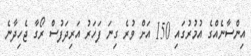
އިންސާނެއްގެ އުމުރުގައި 150 އަށް ވުރެ ގިނަ ފަހަރު އަރިދަފުސް ރޯގާ ޖެހިދާނެ